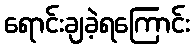
ရောင်းချခဲ့ရကြောင်း